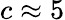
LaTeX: c\approx 5